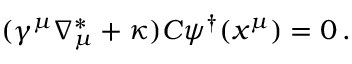
( \gamma ^ { \mu } \nabla _ { \mu } ^ { \ast } + \kappa ) C \psi ^ { \dagger } ( x ^ { \mu } ) = 0 \, .